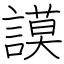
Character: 謨